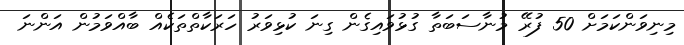
މިނިވަންކަމަށް 50 ފުރޭ މުނާސަބަތާ ގުޅުވައިގެން ގިނަ ކުޅިވަރު ހަރަކާތްތަކެއް ބާއްވަމުން އަންނަ